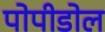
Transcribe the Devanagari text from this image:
पोपीडोल